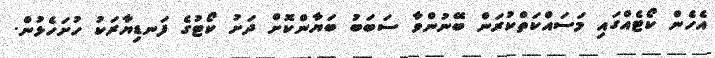
އެެހެން ކޯޓެއްގައި މަސައްކަތްކުރަން ބޭނުންވާ ސަބަބު ބަޔާންކޮށް ދަށު ކޯޓުގެ ފަނޑިޔާރަކު ހުށަހެޅުން.